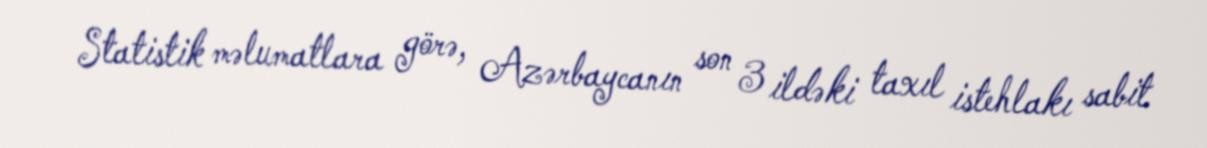
Statistik məlumatlara görə, Azərbaycanın son 3 ildəki taxıl istehlakı sabit